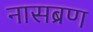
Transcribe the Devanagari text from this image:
नासब्रण